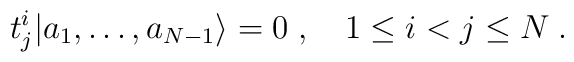
t^i_j|a_1,\ldots,a_{N-1}\rangle =0\;, \quad 1\leq i < j \leq N\;.